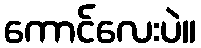
ကောင်လေးပဲ။